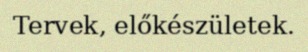
Tervek, előkészületek.